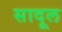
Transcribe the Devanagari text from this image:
सादूल